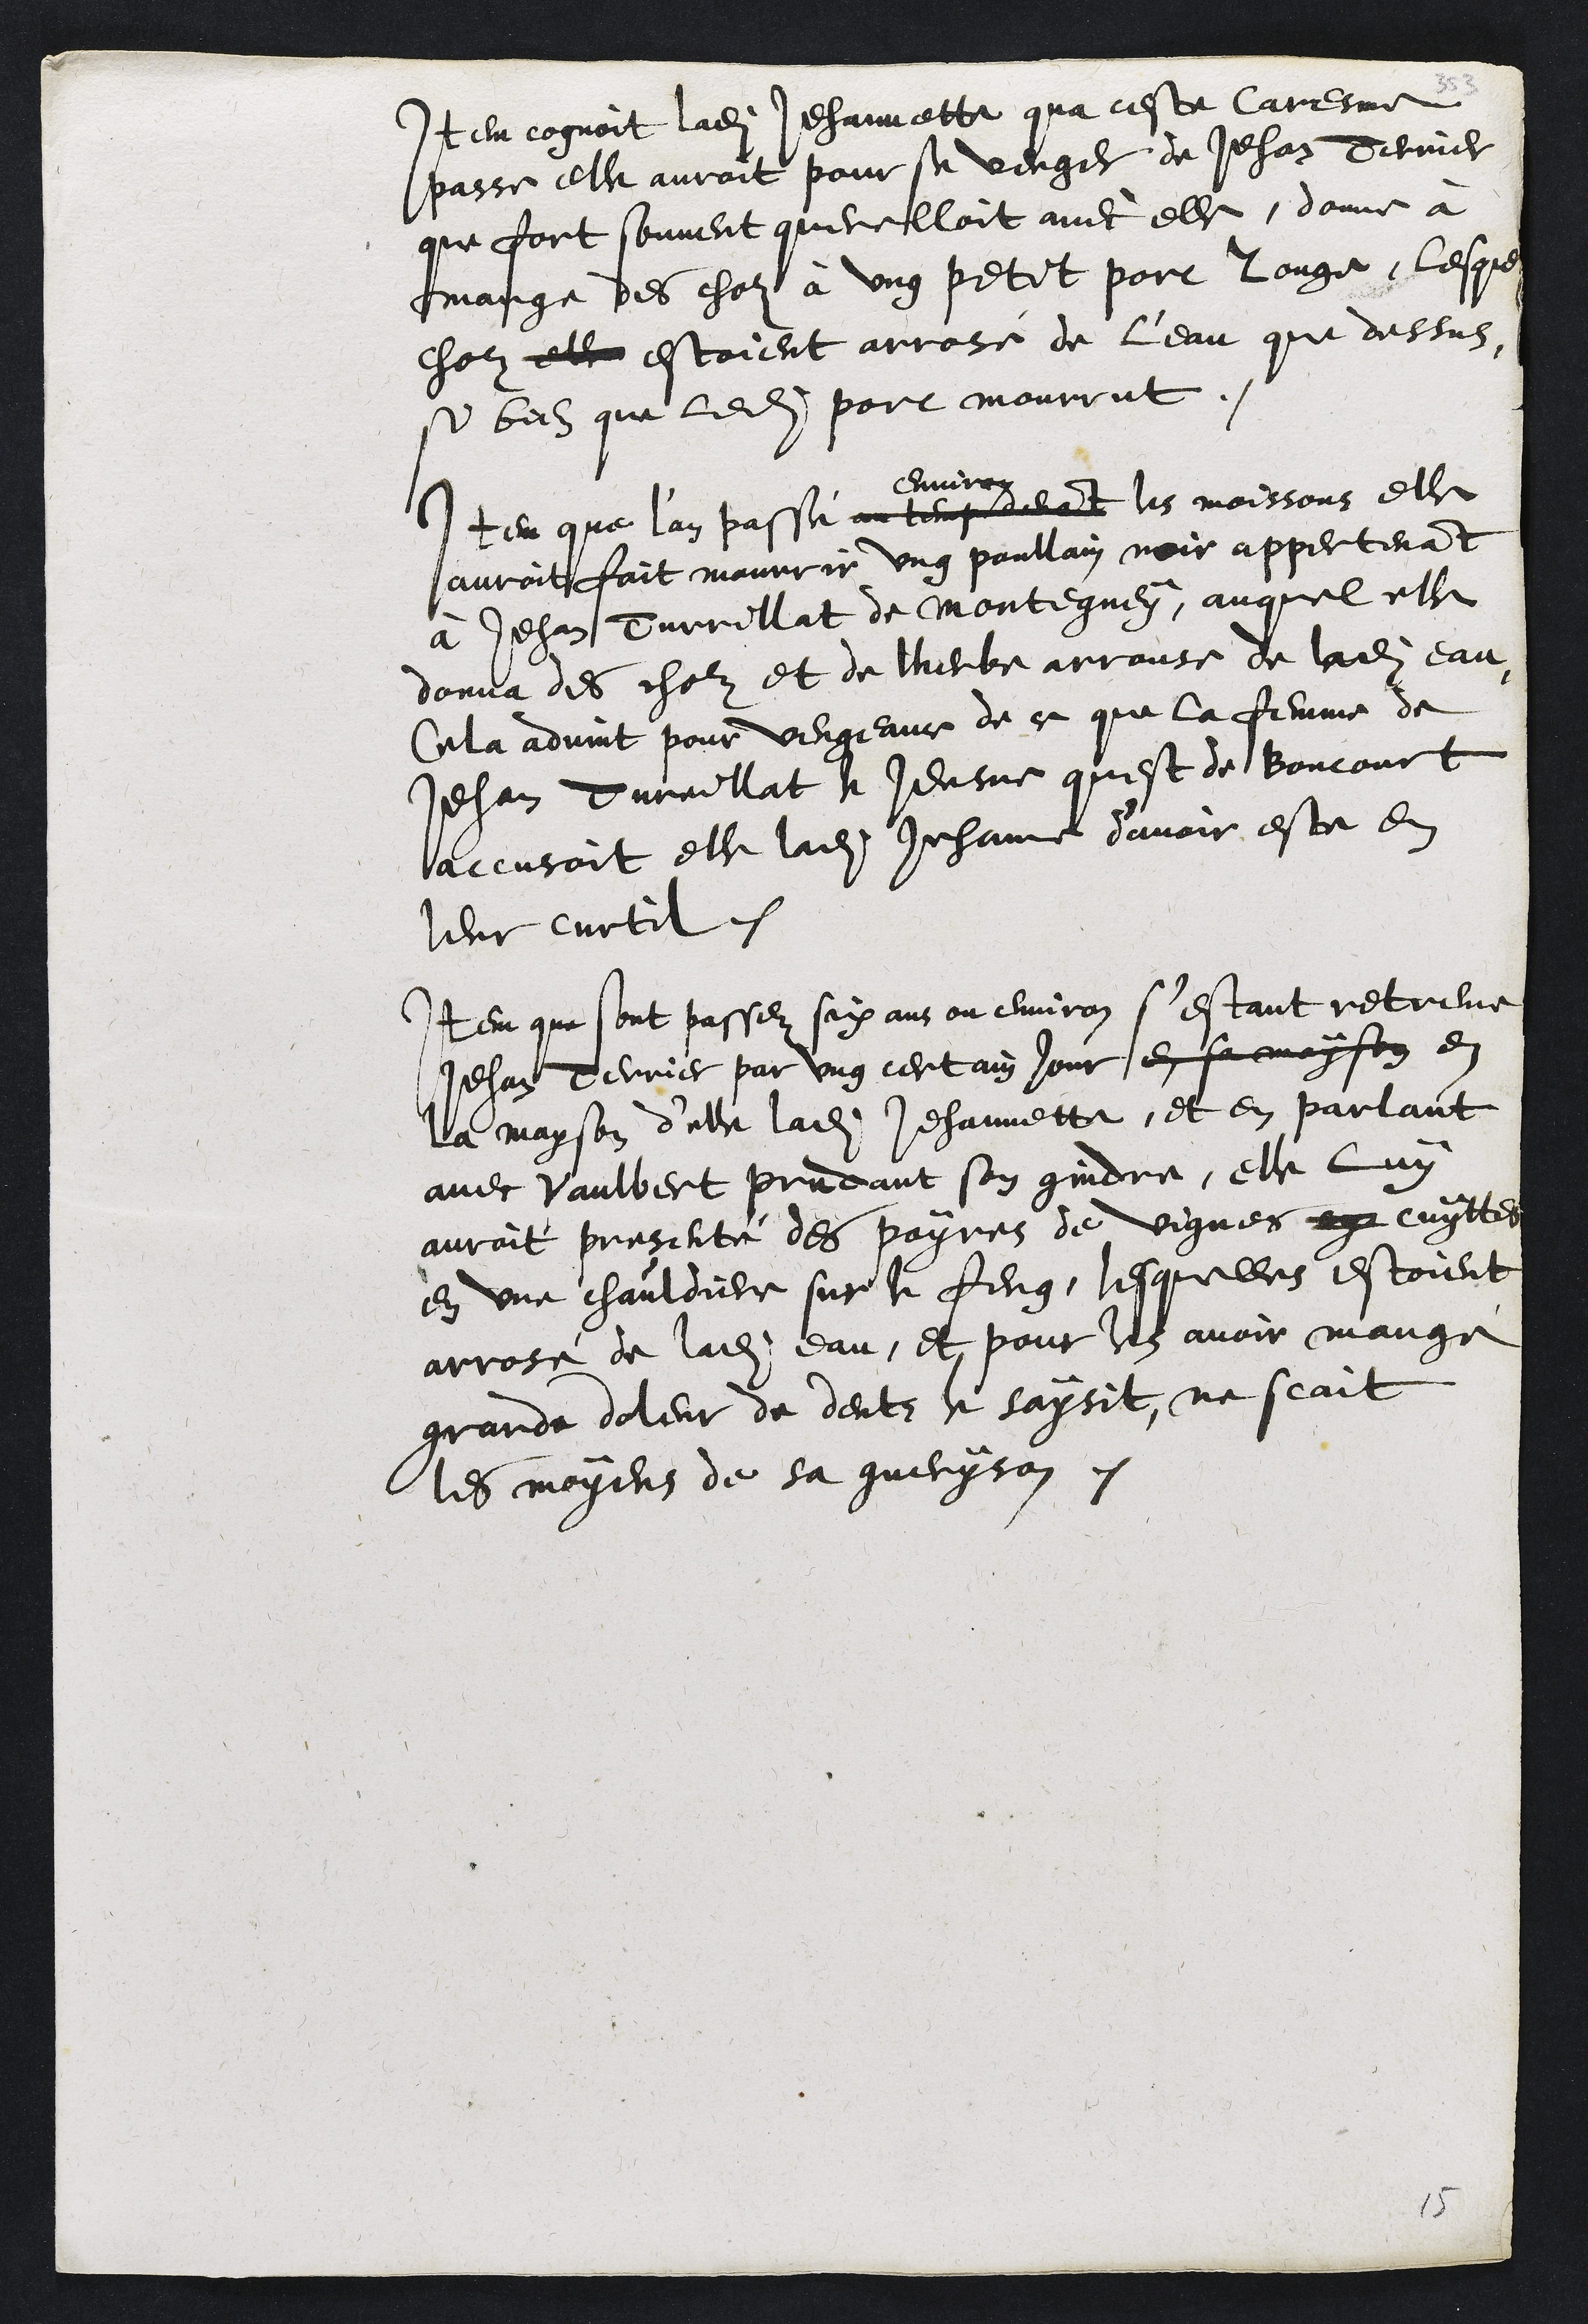
Item cognoit ladite Jehannette qua ceste Caresme
passe elle auroit pour se venger de Jehan Terrier
que fort souvent querelloit avec elle, donne à
mange des cholz à ung petit porc rouge, lesquels
cholz elle estoient arrosé de l'eau que dessus,
si bien que ledit porc mourrut.
Item que l'an passé au temp devant
environ
les moissons elle
auroit fait mourrir ung poullain noir appertenant
à Jehan Turrillat de Montegney, auquel elle
donna des cholz et de lherbe arrouse de ladite eau
Cela advint pour vengeance de ce que la femme de
Jehan Tureillat le Jeusne quest de Boncourt
accusoit elle ladite Jehanne d'avoir este en
leur curtil.
Item que sont passez six ans ou environ s'estant retreuve
Jehan derrier par ung certain jour en sa mayson en
la mayson d'elle ladite Jehannette, et en parlant
avec Vaulbert Prudant son gindre, elle luy
auroit presenté des poyres de vignes cy cuyttes
en une chauldiere sur le feug, lesquelles estoient
arrosé de ladite eau, et pour les avoir mangé
grande doleur de dents le saysit, ne scait
les moyens de sa gueryson.

15